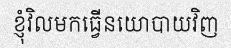
ខ្ញុំវិលមកធ្វើនយោបាយវិញ